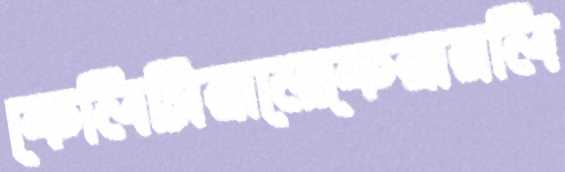
ফেলিসিয়ানোফেয়ারলি